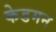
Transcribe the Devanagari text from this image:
केडमन